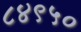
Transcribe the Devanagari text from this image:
८४९५०